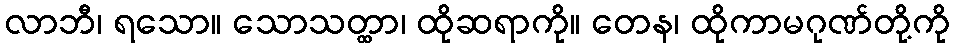
လာဘီ၊ ရသော။ သောသတ္ထာ၊ ထိုဆရာကို။ တေန၊ ထိုကာမဂုဏ်တို့ကို